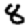
Digit: 8